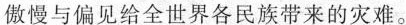
傲慢与偏见给全世界各民族带来的灾难。